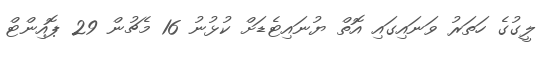
ލީގުގެ ހަތަރު ވަނައިގައި އޮތް ޔުނައިޓެޑަށް ކުޅުނު 16 މެޗުން 29 ޕޮއިންޓް